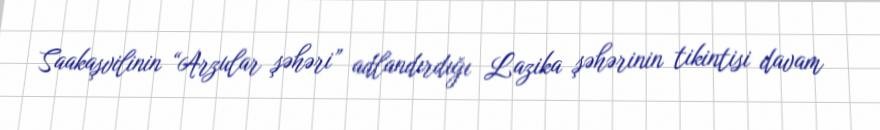
Saakaşvilinin “Arzular şəhəri” adlandırdığı Lazika şəhərinin tikintisi davam